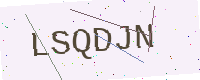
Text: LSQDJN